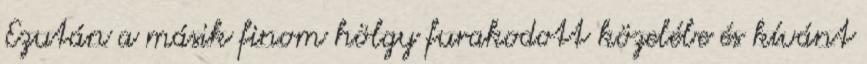
Ezután a másik finom hölgy furakodott közelébe és kívánt